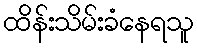
ထိန်းသိမ်းခံနေရသူ